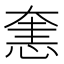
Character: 㥣